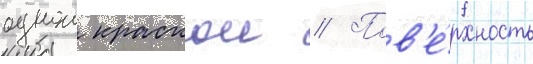
однои краскои // Пов'е́рхность